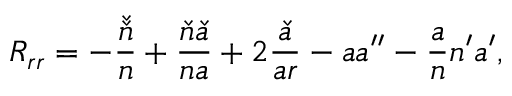
R _ { r r } = - \frac { \check { \check { n } } } { n } + \frac { \check { n } \check { a } } { n a } + 2 \frac { \check { a } } { a r } - a a ^ { \prime \prime } - \frac { a } { n } n ^ { \prime } a ^ { \prime } ,